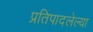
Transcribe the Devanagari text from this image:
प्रतिपादलेल्या